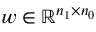
w \in \mathbb { R } ^ { n _ { 1 } \times n _ { 0 } }